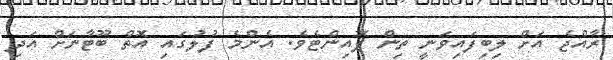
ރާއްޖެ އަށް ލިބިފައިވަނީ ތިން ޕޮއިންޓެވެ. އެންމެ ފުލުގައި އޮތް ބޫޓާނަށް އަދި